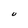
Character: U